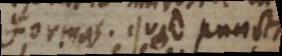
formas. Quod puncta